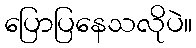
ပြောပြနေသလိုပဲ။